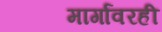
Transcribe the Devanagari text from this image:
मार्गांवरही